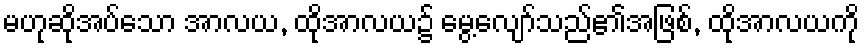
မဟုဆိုအပ်သော အာလယ, ထိုအာလယ၌ မွေ့လျော်သည်၏အဖြစ်, ထိုအာလယကို